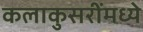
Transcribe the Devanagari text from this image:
कलाकुसरींमध्ये